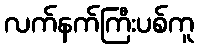
လက်နက်ကြီးပစ်ကူ